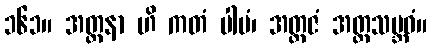
၁၆၁။ အတ္တနာ ဟိ ကတံ ပါပံ၊ အတ္တဇံ အတ္တသမ္ဘဝံ။